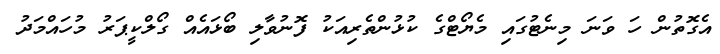
އެގޮތުން ހަ ވަނަ މިނެޓުގައި މެޔޯޓްގެ ކުޅުންތެރިއަކު ފޮނުވާލި ބޯޅައެއް ގޯލްކީޕަރު މުހައްމަދު